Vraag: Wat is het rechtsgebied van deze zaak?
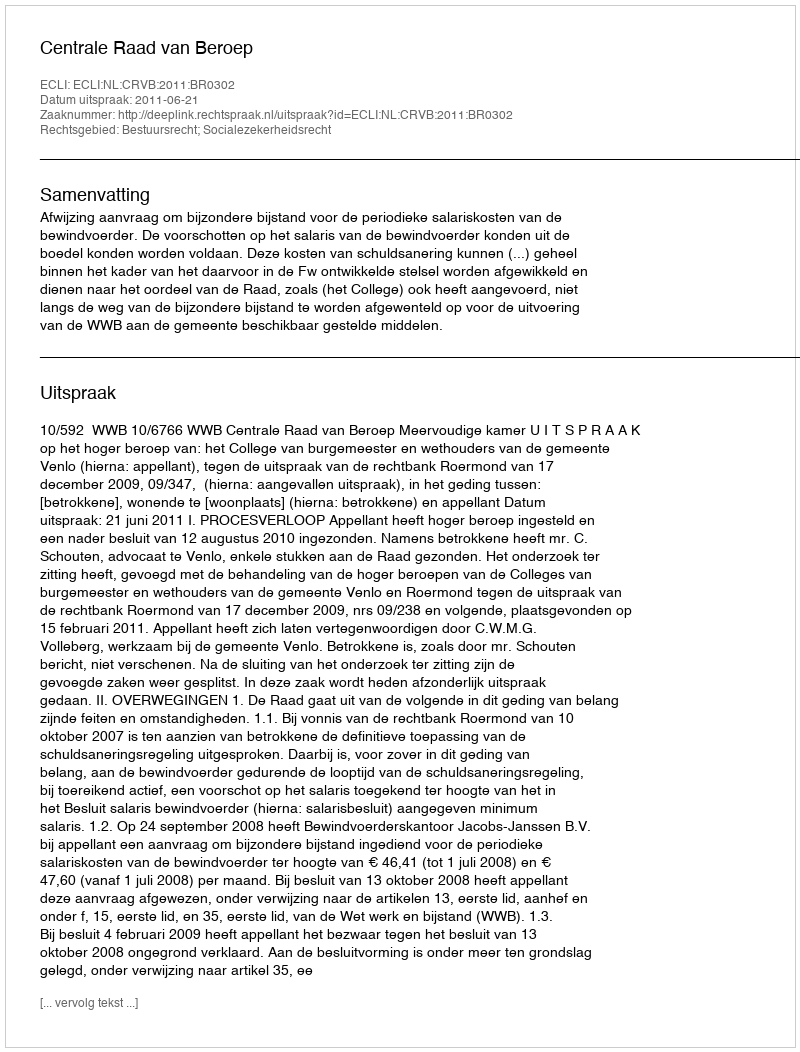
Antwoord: Bestuursrecht; Socialezekerheidsrecht